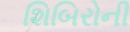
શિબિરોની